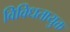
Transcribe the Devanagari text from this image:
विविधतायुक्त